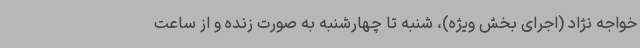
خواجه نژاد (اجرای بخش ویژه)، شنبه تا چهارشنبه به صورت زنده و از ساعت